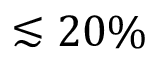
\lesssim 2 0 \%